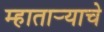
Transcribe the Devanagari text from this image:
म्हातार्‍याचे